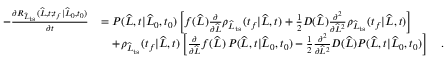
\begin{array} { r l } { - \frac { \partial R _ { \widehat { L } _ { \mathrm { t s } } } ( \widehat { L } , t ; t _ { f } | \widehat { L } _ { 0 } , t _ { 0 } ) } { \partial t } } & { = P ( \widehat { L } , t | \widehat { L } _ { 0 } , t _ { 0 } ) \left[ f ( \widehat { L } ) \frac { \partial } { \partial \widehat { L } } \rho _ { \widehat { L } _ { \mathrm { t s } } } ( t _ { f } | \widehat { L } , t ) + \frac { 1 } { 2 } D ( \widehat { L } ) \frac { \partial ^ { 2 } } { \partial \widehat { L } ^ { 2 } } \rho _ { \widehat { L } _ { \mathrm { t s } } } ( t _ { f } | \widehat { L } , t ) \right] } \\ & { \ \ \ + \rho _ { \widehat { L } _ { \mathrm { t s } } } ( t _ { f } | \widehat { L } , t ) \left[ \frac { \partial } { \partial \widehat { L } } f ( \widehat { L } ) \, P ( \widehat { L } , t | \widehat { L } _ { 0 } , t _ { 0 } ) - \frac { 1 } { 2 } \frac { \partial ^ { 2 } } { \partial \widehat { L } ^ { 2 } } D ( \widehat { L } ) P ( \widehat { L } , t | \widehat { L } _ { 0 } , t _ { 0 } ) \right] \quad . } \end{array}